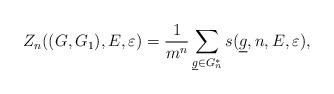
LaTeX: \begin{align*}Z_n((G,G_1),E, \varepsilon)=\frac{1}{m^n}\sum_{{\underline g \in G_n^*}} s(\underline g,n, E, \varepsilon),\end{align*}